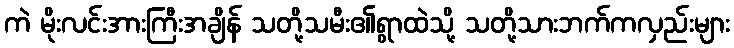
ကဲ မိုးလင်းအားကြီးအချိန် သတို့သမီး၏ရွာထဲသို့ သတို့သားဘက်ကလှည်းများ